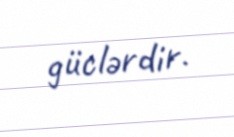
güclərdir.